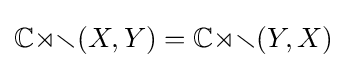
\mathbb {Cor} (X,Y)=\mathbb {Cor} (Y,X)